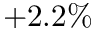
+ 2 . 2 \%